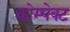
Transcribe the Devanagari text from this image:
कोम्पेक्ट